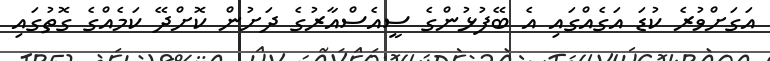
އަގަށްވުރެ ކުޑަ އަގެއްގައި އެ ބޭފުޅުންގެ ސީއެސްއާރުގެ ދަށުން ކޮށްދޭ ކަމެއްގެ ގޮތުގައި